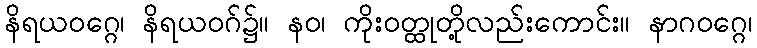
နိရယဝဂ္ဂေ၊ နိရယဝဂ်၌။ နဝ၊ ကိုးဝတ္ထုတို့လည်းကောင်း။ နာဂဝဂ္ဂေ၊